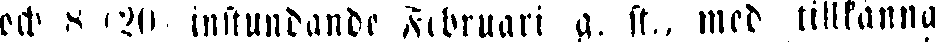
och 8 '20 instundadne Februari g. st., med tillkänna